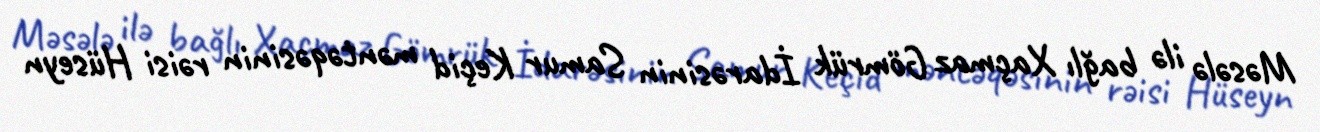
Məsələ ilə bağlı Xaçmaz Gömrük İdarəsinin Samur Keçid məntəqəsinin rəisi Hüseyn